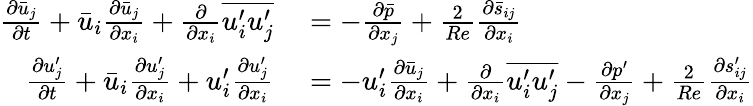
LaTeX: \begin{array}{rl}{\frac{\partial\bar{u}_{j}}{\partial t}+\bar{u}_{i}\frac{\partial\bar{u}_{j}}{\partial x_{i}}+\frac{\partial}{\partial x_{i}}\overline{{u_{i}^{\prime}u_{j}^{\prime}}}}&{{}=-\frac{\partial\bar{p}}{\partial x_{j}}+\frac{2}{Re}\frac{\partial\bar{s}_{ij}}{\partial x_{i}}}\\ {\frac{\partial u_{j}^{\prime}}{\partial t}+\bar{u}_{i}\frac{\partial u_{j}^{\prime}}{\partial x_{i}}+u_{i}^{\prime}\frac{\partial u_{j}^{\prime}}{\partial x_{i}}}&{{}=-u_{i}^{\prime}\frac{\partial\bar{u}_{j}}{\partial x_{i}}+\frac{\partial}{\partial x_{i}}\overline{{u_{i}^{\prime}u_{j}^{\prime}}}-\frac{\partial p^{\prime}}{\partial x_{j}}+\frac{2}{Re}\frac{\partial s_{ij}^{\prime}}{\partial x_{i}}}\end{array}